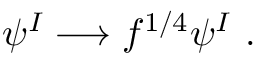
\psi ^ { I } \longrightarrow f ^ { 1 / 4 } \psi ^ { I } ~ .